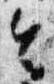
令